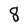
Character: 8